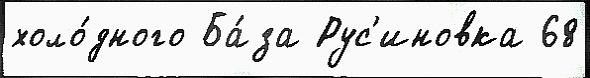
холо́дного Ба́за Рус'иновка 68